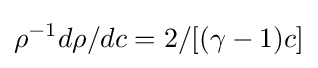
\rho ^{-1}d\rho /dc=2/[(\gamma -1)c]